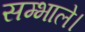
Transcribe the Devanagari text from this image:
सम्भाले।